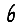
Digit: 6